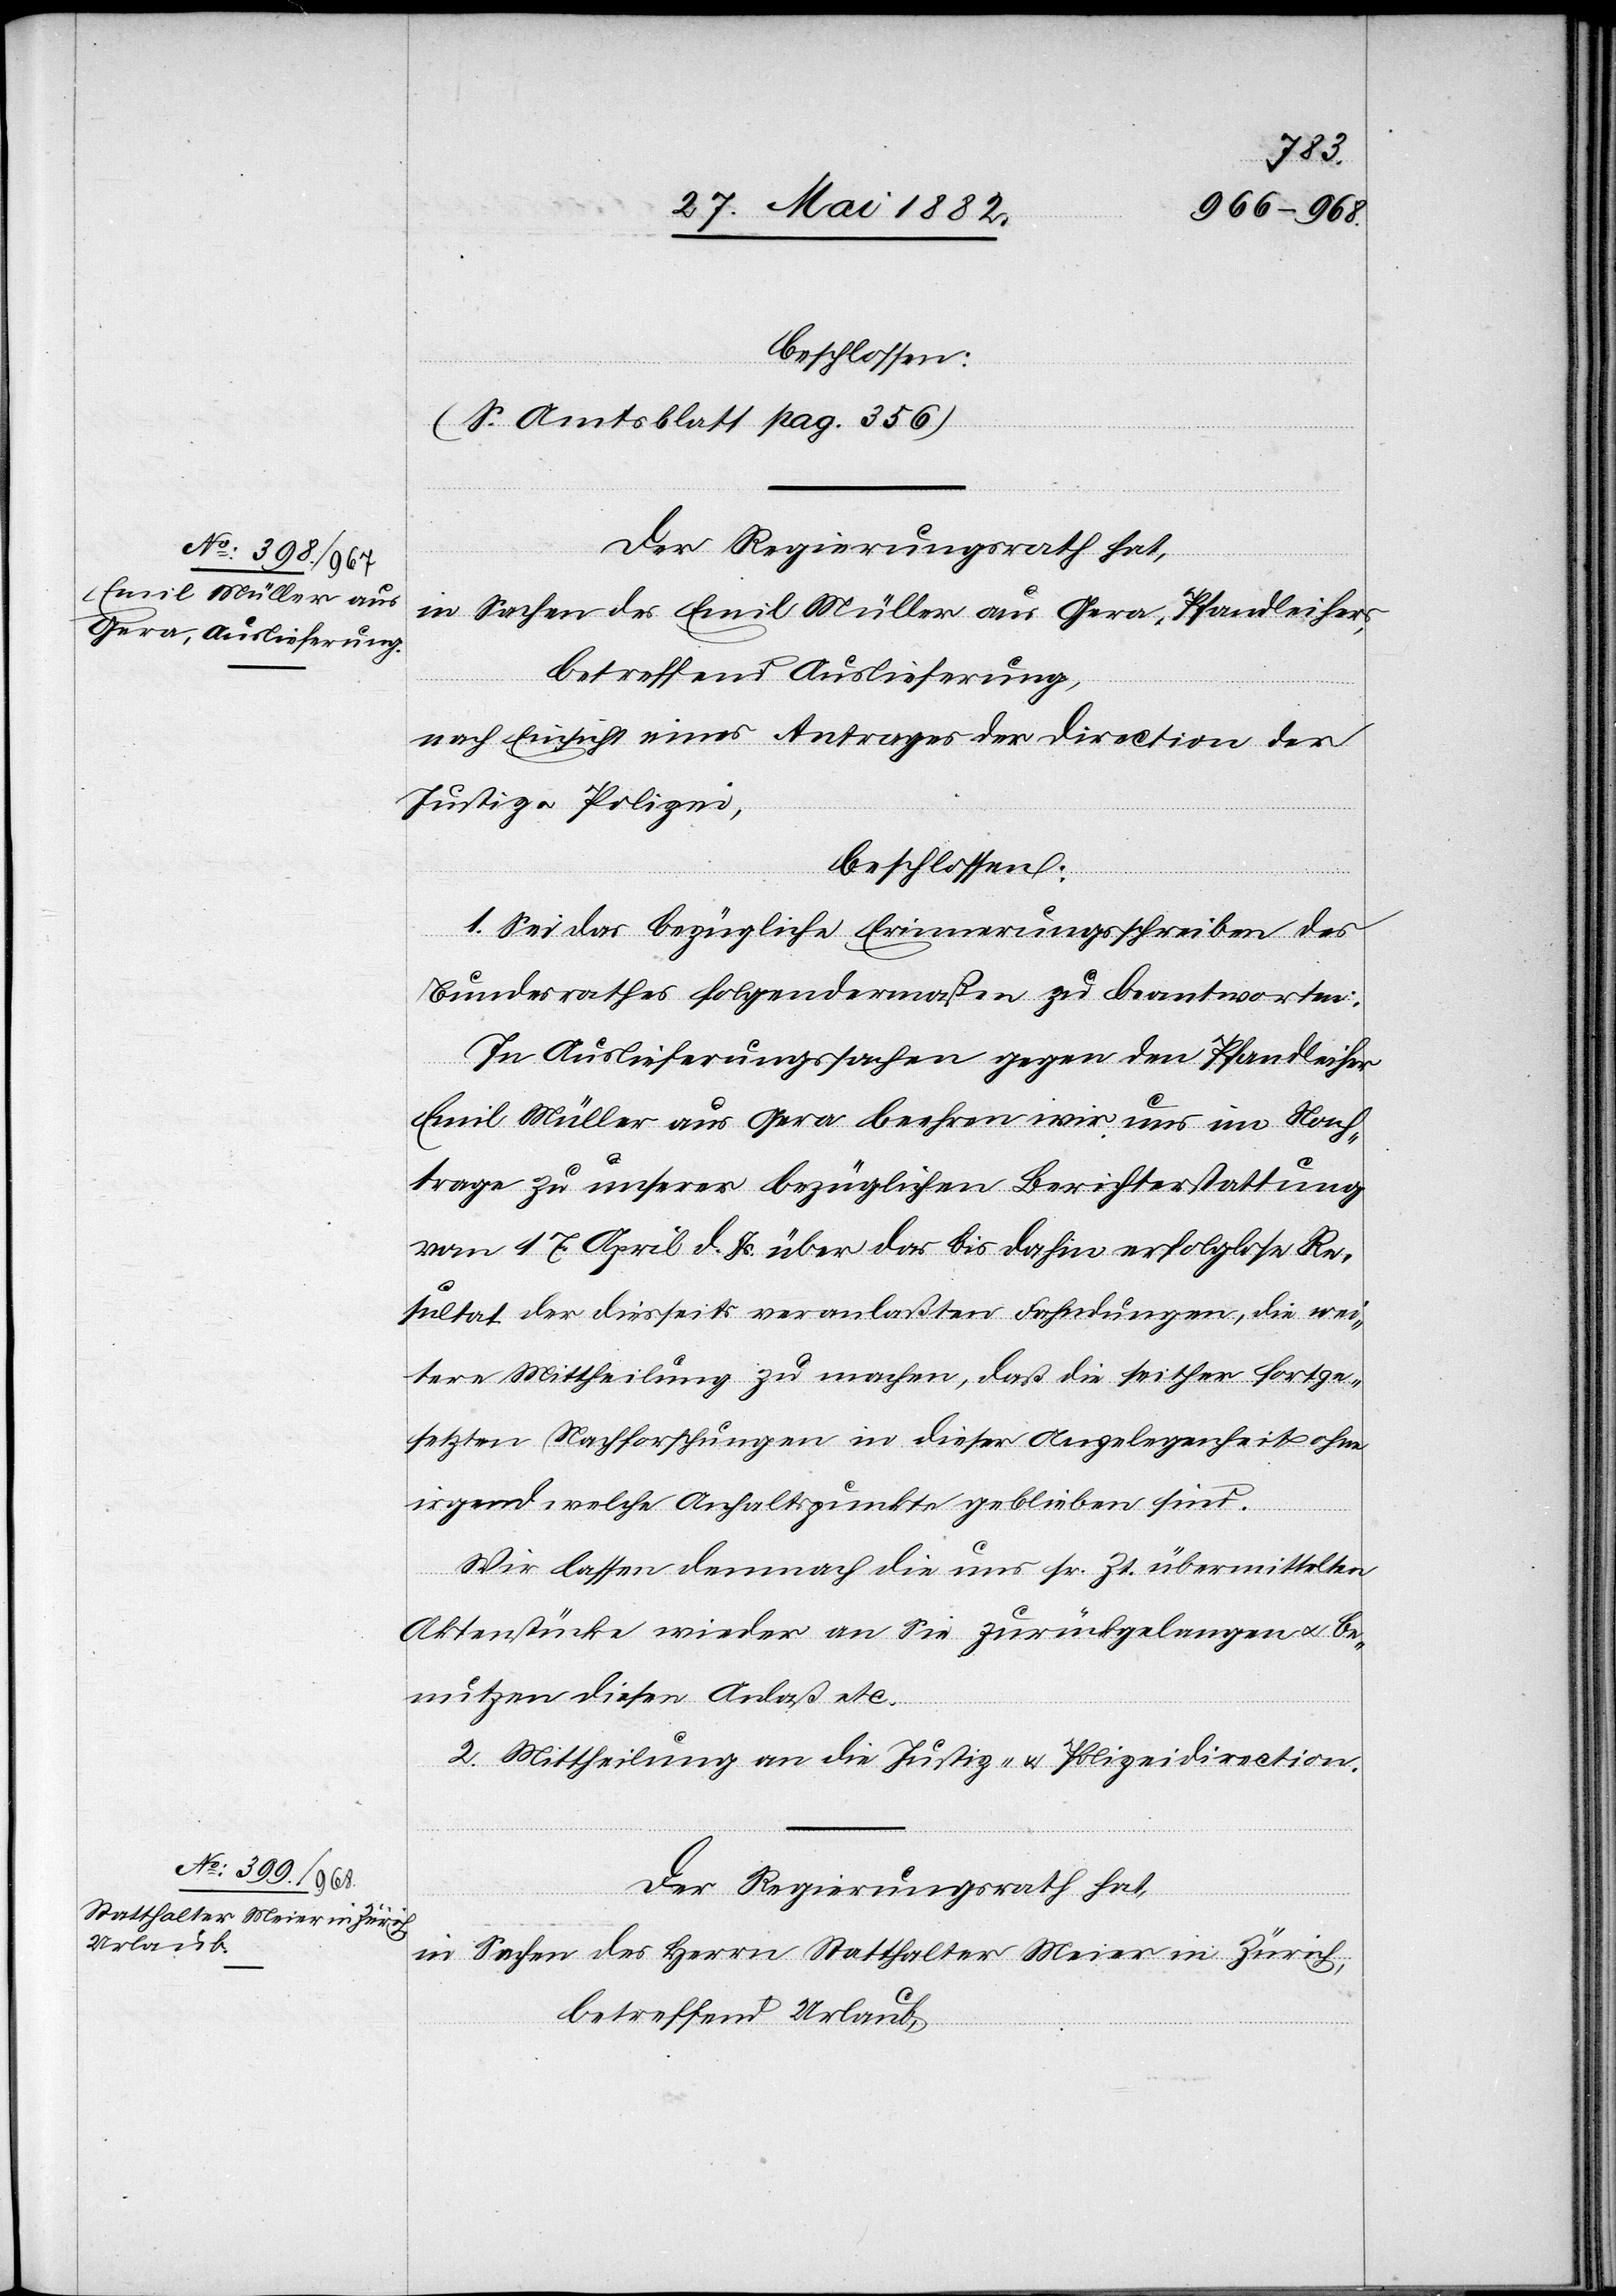
beschlossen:
(S. Amtsblatt pag. 356)
Der Regierungsrath hat,
in Sachen des Emil Müller aus Gera, Pfandleiher,
betreffend Auslieferung,
nach Einsicht eines Antrages der Direction der
Justiz u. Polizei,
beschlossen:
1. Sei das bezügliche Erinnerungsschreiben des
Bundesrathes folgendermaßen zu beantworten:
In Auslieferungssachen gegen den Pfandleiher
Emil Müller aus Gera beehren wir uns im Nach¬
trage zu unserer bezüglichen Berichterstattung
vom 17. April d. Js. über das bis dahin erfolgte Re¬
sultat der diesseits veranlaßten Fahndungen, die wei¬
tere Mittheilung zu machen, daß die seither fortge¬
setzten Nachforschungen in dieser Angelegenheit ohne
irgendwelche Anhaltspunkte geblieben sind.
Wir lassen demnach die uns sr. Zt. übermittelten
Aktenstücke wieder an Sie zurückgelangen u. be¬
nutzen diesen Anlaß etc.
2. Mittheilung an die Justiz- & Polizeidirection.
Der Regierungsrath hat,
in Sachen des Herrn Statthalter Meier in Zürich,
betreffend Urlaub,